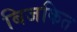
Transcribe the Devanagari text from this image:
बिजकित